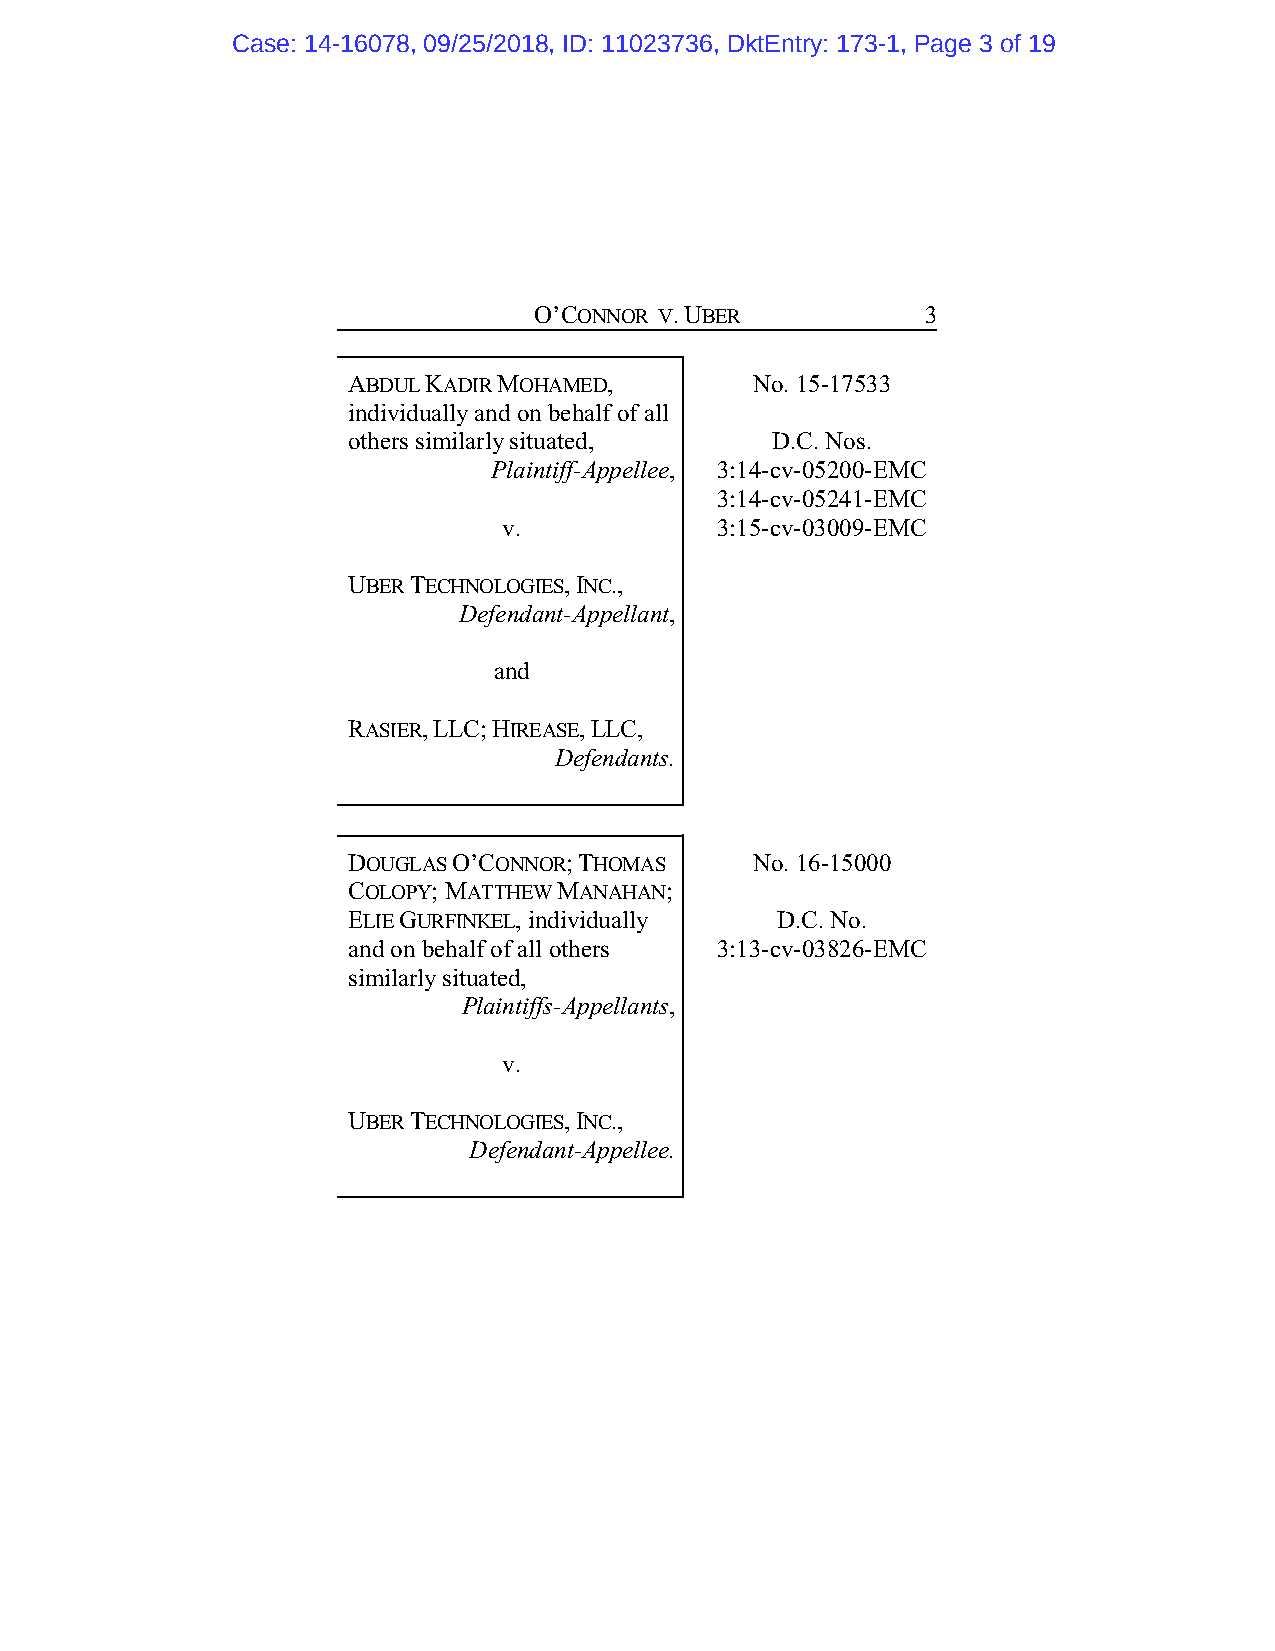
Case: 14-16078, 09/25/2018, ID: 11023736, DktEntry: 173-1, Page 3 of 19
 O’CONNOR V. UBER          3
 ABDUL KADIR MOHAMED,       No. 15-17533
 individually and on behalf of all
 others similarly situated,  D.C. Nos.
 Plaintiff-Appellee, 3:14-cv-05200-EMC
 3:14-cv-05241-EMC
 v.            3:15-cv-03009-EMC
 UBER TECHNOLOGIES, INC.,
 Defendant-Appellant,
 and
 RASIER, LLC; HIREASE, LLC,
 Defendants.
 DOUGLAS O’CONNOR; THOMAS   No. 16-15000
 COLOPY; MATTHEW MANAHAN;
 ELIE GURFINKEL, individually D.C. No.
 and on behalf of all others 3:13-cv-03826-EMC
 similarly situated,
 Plaintiffs-Appellants,
 v.
 UBER TECHNOLOGIES, INC.,
 Defendant-Appellee.